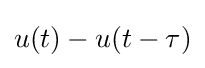
u(t)-u(t-\tau )